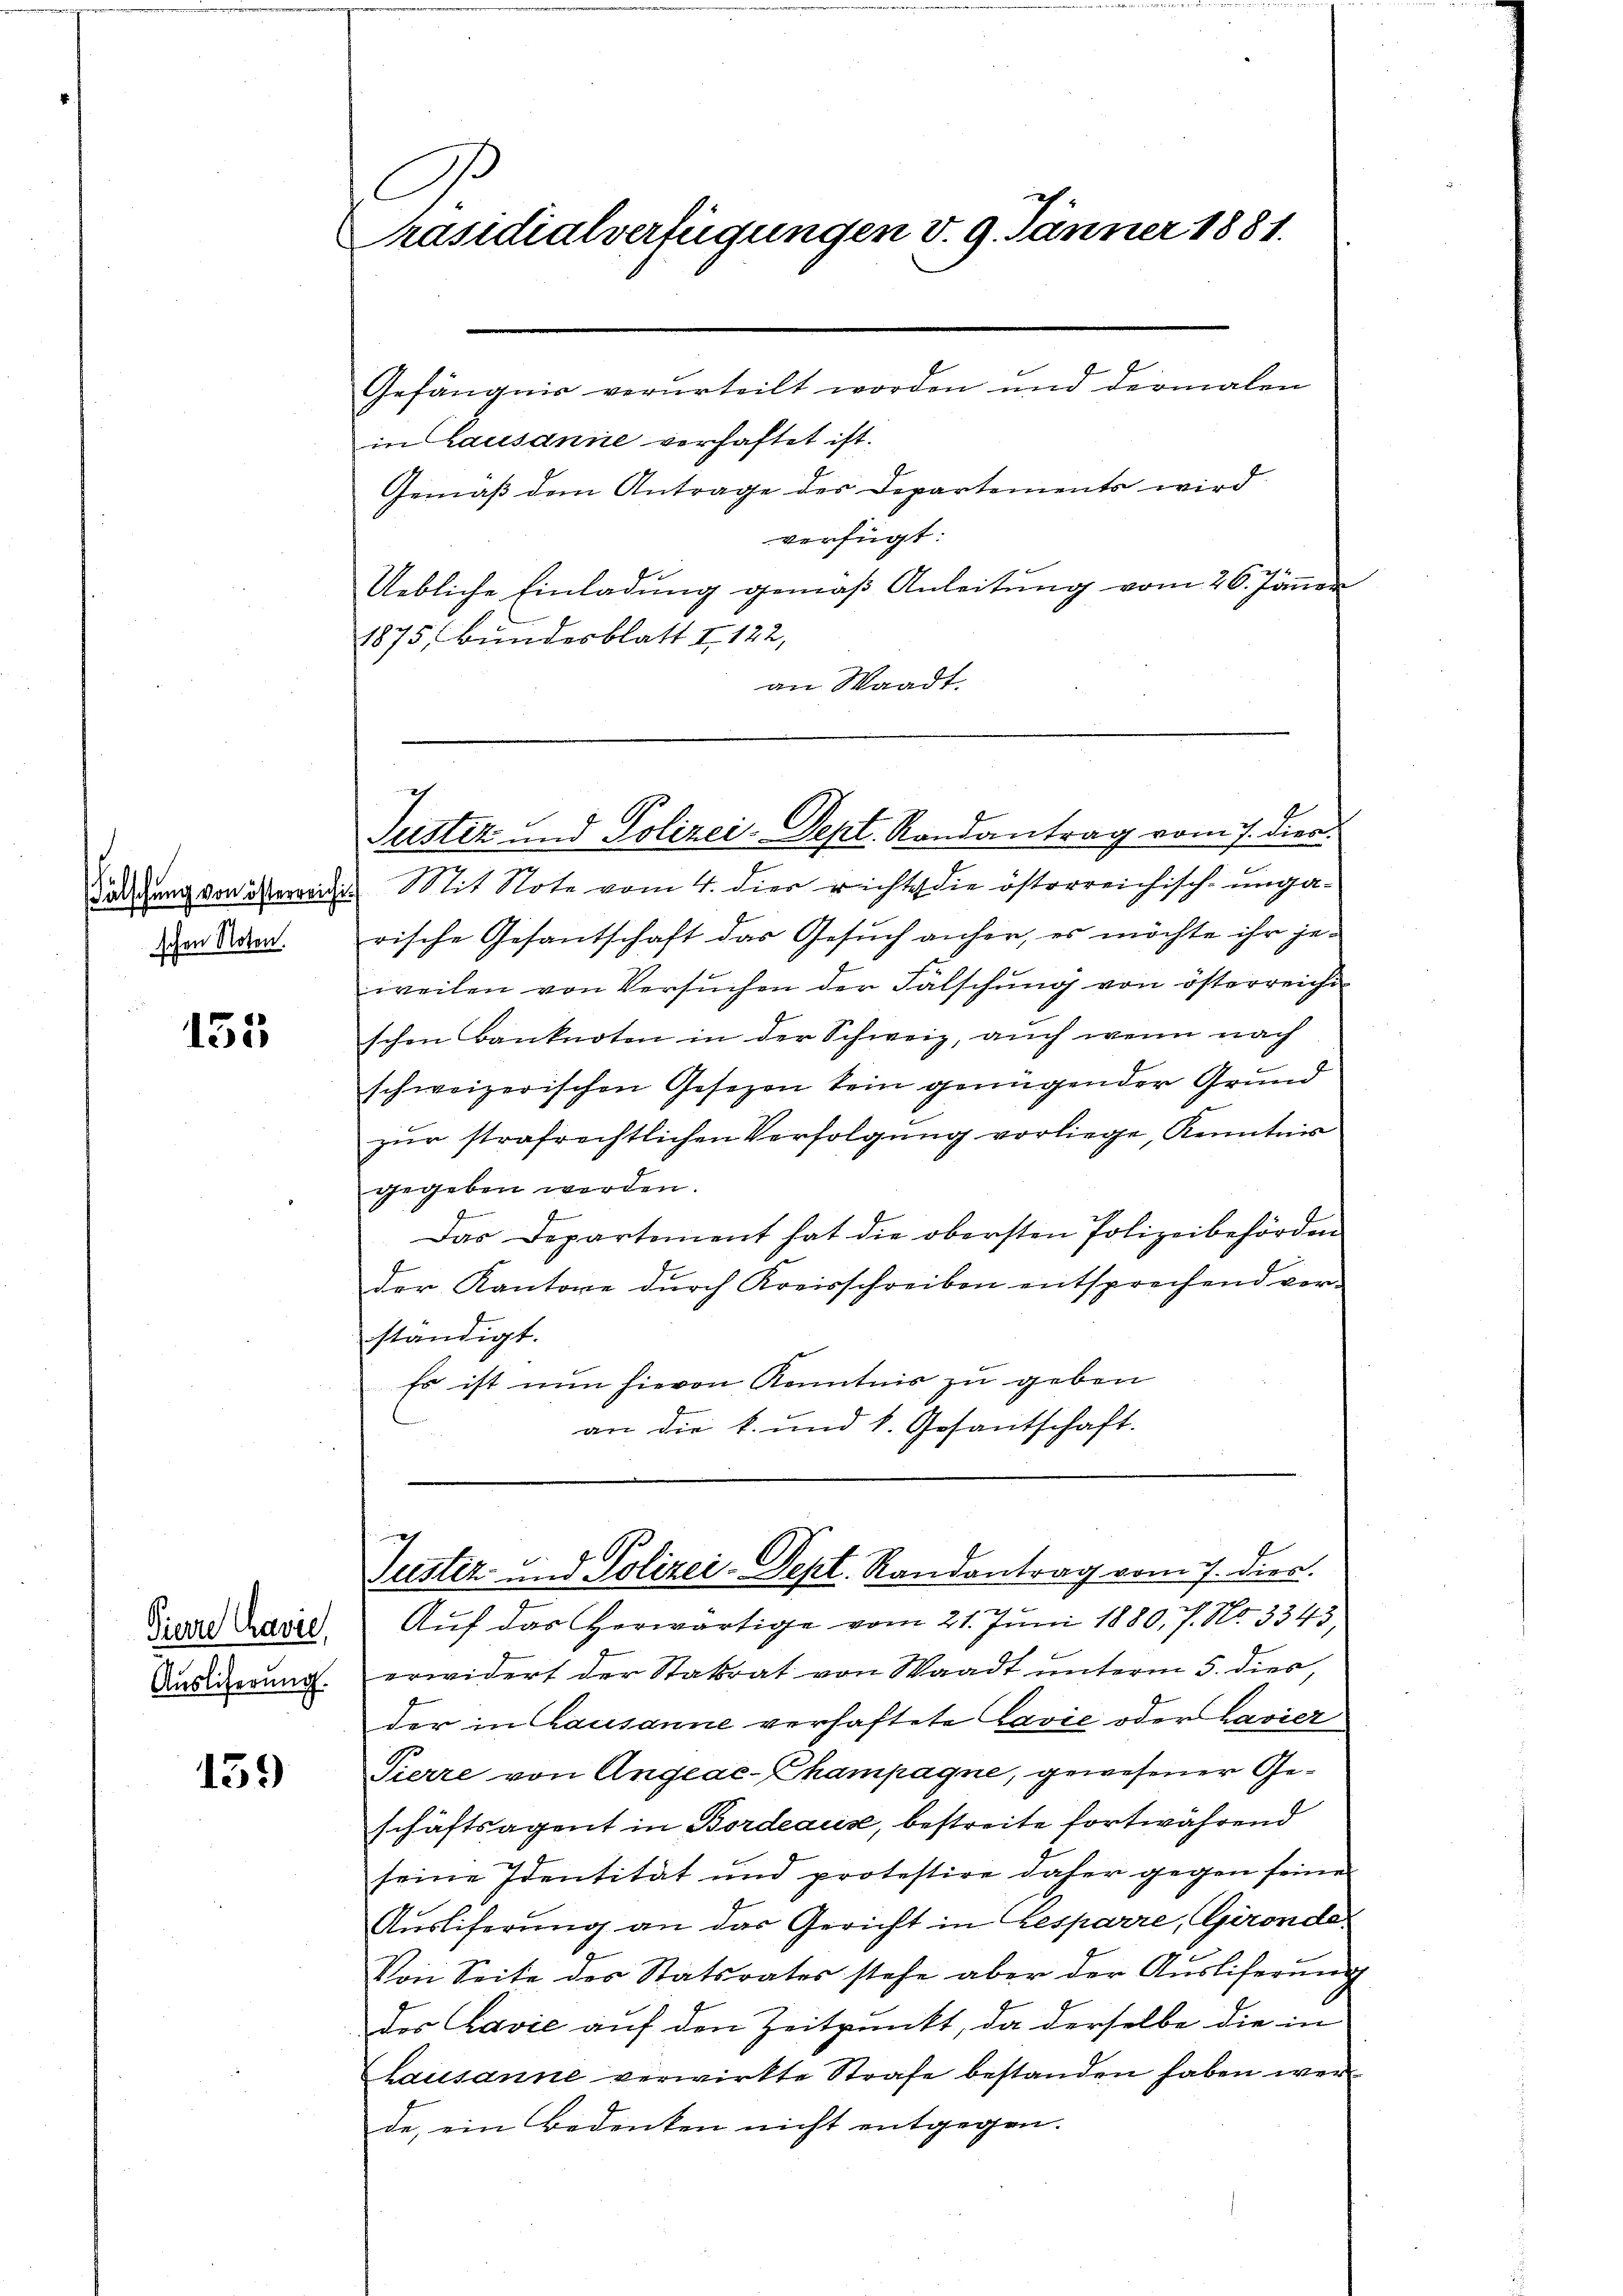
schen Noten.

135

Pierre Cavie
Auslieferung.

139

C
x
Präsidialverfügungen v. 9. Jänner 1881.
Gefängnis verurteilt worden und dermalen
in Lausanne verhaftet ist.
Gemäß dem Antrage des Departements wird

verfügt:
Uebliche Einladung gemäß Anleitung vom 26. Jänner
1875, Bundesblatt I 122,
an Waadt.

7
Justiz und Polizei-Sept. Randantrag vom 7. dien.

ädigung von die Mit Note vom 4. die richts die österreichisch-unga-
rische Gesantschaft das Gesuch anher, es möchte ihr jeweilen von Versŭchen der Fälschung von österreichischen Banknoten in der Schweiz, auch wenn nach
schweizerischen Gesezen sein genügender Grund
zŭr strafrechtlichen Verfolgung vorliege, Kenntnis
gegeben werden.
Das Departement hat die obersten Polizeibehörden
der Kantone durch Kreisschreiben entsprechend vor-
ständigt.
Es ist nun hievon Kenntnis zu geben
an die k. und k. Gesantschaft.

Justiz- und Polizei-Dept. Randantrag vom 7. dien.

Auf das Vorwärtige vom 21. Juni 1880, 7. No. 3343,
erwidert der Statrat von Waadt unterm 5. dies,
der in Lausanne verhaftete Lavie oder Lavier
Pierre von Angeac-Champagne, gewesener Geschäftsagent in Bordeause, bestreite fortwährend
seine Identität und protestire daher gegen seine
Auslieferung an das Gericht in resparre, Gironde
Von Seite des Statsrates stehe aber der Auslieferung
des Ravić auf den Zeitpunkt, da derselbe die in
hausanne verwirkte Strafe bestanden haben werde, ein Bedenken nicht entgegen.